Annual report of the Imperial Bacteriological Laboratory, Muktesar
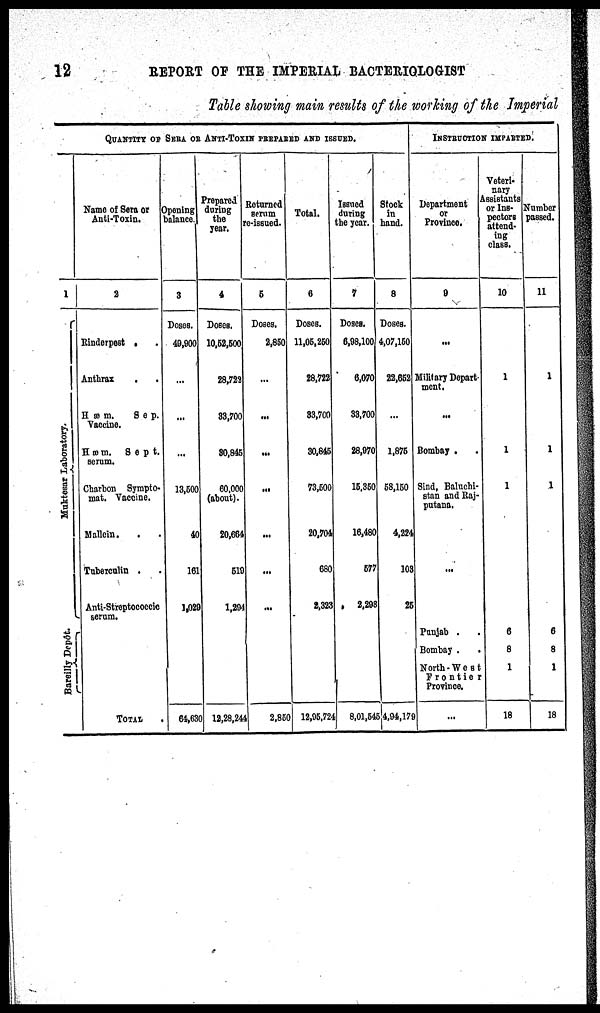
12
REPORT OF THE IMPERIAL BACTERIOLOGIST
Table showing main results of the working of the Imperial
1
Muktesar Laboratory.{
Bareilly Depôt.{
QUANTITY OF SERA OR ANTI-TOXIN PREPARED AND ISSUED.
Name of Sera or
Anti-Toxin.
2
Rinderpest . .
Anthrax . .
Hæm.
Sep.
Vaccine.
Hæm.
Sept.
serum.
Charbon Syrapto¬
mat. Vaccine.
Mallein. . .
Tuberculin . .
Anti-Streptococcic
serum.
TOTAL.
Opening
balance.
3
Doses.
49,900
...
...
...
13,500
40
161
1,029
64,630
Prepared
during
the
year.
4
Doses.
10,52,500
28,722
33,700
30,845
60.000
(about).
20,664
519
1,294
12,28,244
Returned
serum
re-issued.
5
Doses.
2,850
...
...
...
...
...
...
...
2,850
Total.
6
Doses.
11,05,250
28,722
33,700
30,845
73,500
20,704
680
2,323
12,95,724
Issued
during
the year.
7
Doses.
6,98,100
6,070
33,700
28,970
15,350
16,480
577
2,298
Stock
in
hand.
8
Doses.
4,07,150
22,652
...
1,875
58,150
4,224
103
25
8,01,545 4,94,179
INSTRUCTION IMPARTED.
Department
or
Province
9
...
Military Depart-
ment.
...
Bombay .
Sind, Baluchi-
stan and Raj¬
putana,
...
Punjab . .
Bombay . .
North-West
Frontier
Province.
...
Veteri¬
nary
Assistants
or Ins-
pectors
attend-
ing
class.
10
1
1
1
6
8
1
18
Number
passed.
11
1
1
1
6
8
1
18